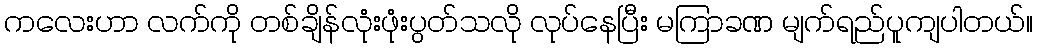
ကလေးဟာ လက်ကို တစ်ချိန်လုံးဖုံးပွတ်သလို လုပ်နေပြီး မကြာခဏ မျက်ရည်ပူကျပါတယ်။